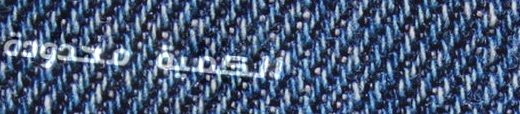
الكمية محدودة